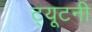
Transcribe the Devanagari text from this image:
ट्यूटनी